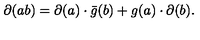
\partial ( a b ) = \partial ( a ) \cdot \bar { g } ( b ) + g ( a ) \cdot \partial ( b ) .